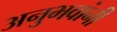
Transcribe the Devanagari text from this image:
अनुभवांनी